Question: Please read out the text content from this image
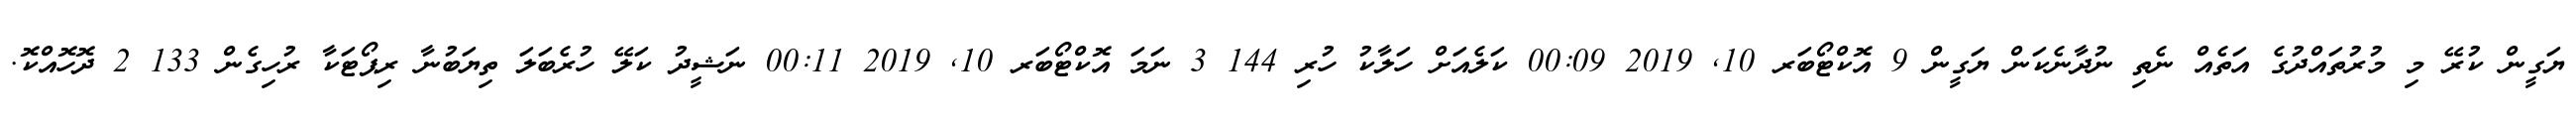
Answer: ޔަގީން ކުރޭ މި މުރުތައްދުގެ އަތެއް ނެތި ނުދާނެކަން ޔަގީން 9 އޮކްޓޯބަރ 10, 2019 00:09 ކަލެއަށް ހަލާކު ހުރި 144 3 ނަމަ އޮކްޓޯބަރ 10, 2019 00:11 ނަޝީދު ކަލޭ ހުރެބަލަ ތިޔަބުނާ ރިޕޯޓަކާ ރުހިގެން 133 2 ދޮހޮއްކޮ.